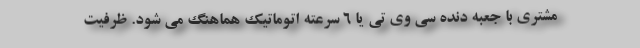
مشتری با جعبه دنده سی وی تی یا 6 سرعته اتوماتیک هماهنگ می شود. ظرفیت